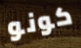
كونو